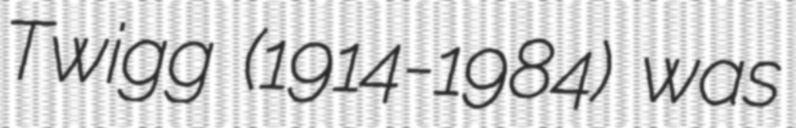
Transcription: Twigg (1914-1984) was